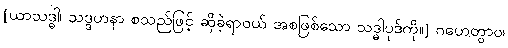
[ယာသဒ္ဓါ၊ သဒ္ဒဟနာ စသည်ဖြင့် ဆိုခဲ့ရာဝယ် အစဖြစ်သော သဒ္ဓါပုဒ်ကို။] ဂဟေတွာဝ၊